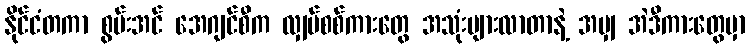
နိုင်ငံတကာ စွမ်းအင် အေဂျင်စီက လျှပ်စစ်ကားတွေ အသုံးများလာတာနဲ့ အမျှ အဲဒီကားတွေမှာ